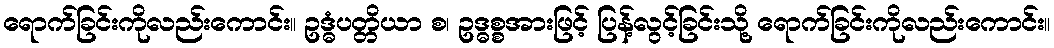
ရောက်ခြင်းကိုလည်းကောင်း။ ဥဒ္ဓံပတ္တိယာ စ၊ ဥဒ္ဓစ္စအားဖြင့် ပြန့်လွင့်ခြင်းသို့ ရောက်ခြင်းကိုလည်းကောင်း။